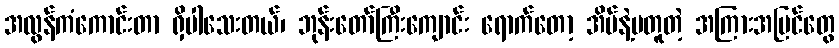
အလွန်ကံကောင်းတာ ရှိပါသေးတယ်၊ ဘုန်းတော်ကြီးကျောင်း ရောက်တော့ အိမ်နဲ့မတူတဲ့ အကြားအမြင်တွေ